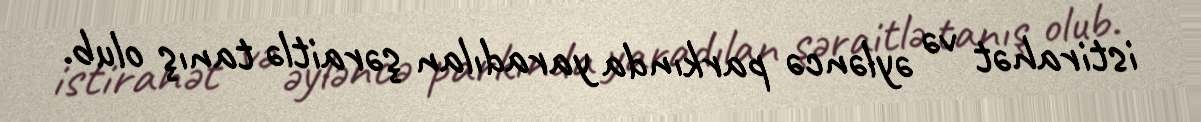
istirahət və əyləncə parkında yaradılan şəraitlə tanış olub.